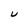
Character: U